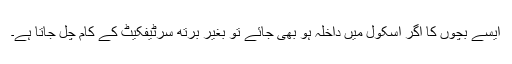
ایسے بچوں کا اگر اسکول میں داخلہ ہو بھی جائے تو بغیر برتھ سرٹیفکیٹ کے کام چل جاتا ہے۔